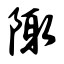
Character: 陬